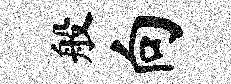
般向